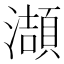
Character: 𤂌